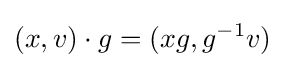
(x,v)\cdot g=(xg,g^{-1}v)